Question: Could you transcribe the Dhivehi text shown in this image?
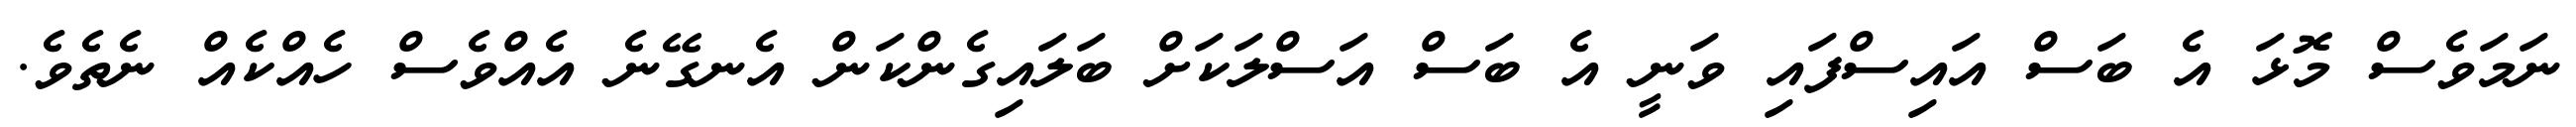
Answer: ނަމަވެސް މޮޅަ އެ ބަސް އައިސްފައި ވަނީ އެ ބަސް އަސްލަކަށް ބަލައިގެންކަން އެނގޭނެ އެއްވެސް ހެއްކެއް ނެތެވެ.